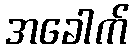
အခေါက်